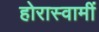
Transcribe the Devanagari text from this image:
होरास्वामीं